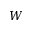
\b { W }